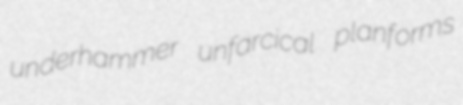
underhammer unfarcical planforms